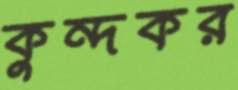
কুন্দকর